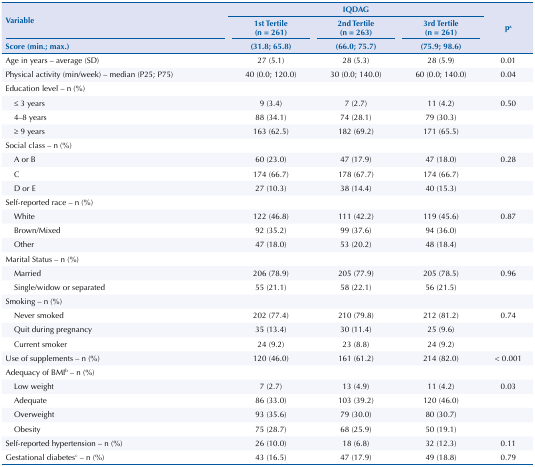
<table><thead><tr><td rowspan="2" colspan="2"><b>Variable</b></td><td colspan="3"><b>IQDAG</b></td><td rowspan="3"><b>pa</b></td></tr><tr><td><b>1st Tertile (n = 261)</b></td><td><b>2nd Tertile (n = 263)</b></td><td><b>3rd Tertile (n = 261)</b></td></tr><tr><td colspan="2"><b>Score (min.; max.)</b></td><td><b>(31.8; 65.8)</b></td><td><b>(66.0; 75.7)</b></td><td><b>(75.9; 98.6)</b></td></tr></thead><tbody><tr><td colspan="2">Age in years - average (SD)</td><td>27 (5.1)</td><td>28 (5.3)</td><td>28 (5.9)</td><td>0.01</td></tr><tr><td colspan="2">Physical activity (min/week) - median (P25; P75)</td><td>40 (0.0; 120.0)</td><td>30 (0.0; 140.0)</td><td>60 (0.0; 140.0)</td><td>0.04</td></tr><tr><td colspan="2">Education level - n (%)</td><td></td><td></td><td></td><td></td></tr><tr><td></td><td>≤ 3 years</td><td>9 (3.4)</td><td>7 (2.7)</td><td>11 (4.2)</td><td>0.50</td></tr><tr><td></td><td>4-8 years</td><td>88 (34.1)</td><td>74 (28.1)</td><td>79 (30.3)</td><td></td></tr><tr><td></td><td>≥ 9 years</td><td>163 (62.5)</td><td>182 (69.2)</td><td>171 (65.5)</td><td></td></tr><tr><td colspan="2">Social class - n (%)</td><td></td><td></td><td></td><td></td></tr><tr><td></td><td>A or B</td><td>60 (23.0)</td><td>47 (17.9)</td><td>47 (18.0)</td><td>0.28</td></tr><tr><td></td><td>C</td><td>174 (66.7)</td><td>178 (67.7)</td><td>174 (66.7)</td><td></td></tr><tr><td></td><td>D or E</td><td>27 (10.3)</td><td>38 (14.4)</td><td>40 (15.3)</td><td></td></tr><tr><td colspan="2">Self-reported race - n (%)</td><td></td><td></td><td></td><td></td></tr><tr><td></td><td>White</td><td>122 (46.8)</td><td>111 (42.2)</td><td>119 (45.6)</td><td>0.87</td></tr><tr><td></td><td>Brown/Mixed</td><td>92 (35.2)</td><td>99 (37.6)</td><td>94 (36.0)</td><td></td></tr><tr><td></td><td>Other</td><td>47 (18.0)</td><td>53 (20.2)</td><td>48 (18.4)</td><td></td></tr><tr><td colspan="2">Marital Status - n (%)</td><td></td><td></td><td></td><td></td></tr><tr><td></td><td>Married</td><td>206 (78.9)</td><td>205 (77.9)</td><td>205 (78.5)</td><td>0.96</td></tr><tr><td></td><td>Single/widow or separated</td><td>55 (21.1)</td><td>58 (22.1)</td><td>56 (21.5)</td><td></td></tr><tr><td colspan="2">Smoking - n (%)</td><td></td><td></td><td></td><td></td></tr><tr><td></td><td>Never smoked</td><td>202 (77.4)</td><td>210 (79.8)</td><td>212 (81.2)</td><td>0.74</td></tr><tr><td></td><td>Quit during pregnancy</td><td>35 (13.4)</td><td>30 (11.4)</td><td>25 (9.6)</td><td></td></tr><tr><td></td><td>Current smoker</td><td>24 (9.2)</td><td>23 (8.8)</td><td>24 (9.2)</td><td></td></tr><tr><td colspan="2">Use of supplements - n (%)</td><td>120 (46.0)</td><td>161 (61.2)</td><td>214 (82.0)</td><td>&lt; 0.001</td></tr><tr><td colspan="2">Adequacy of BMIb - n (%)</td><td></td><td></td><td></td><td></td></tr><tr><td></td><td>Low weight</td><td>7 (2.7)</td><td>13 (4.9)</td><td>11 (4.2)</td><td>0.03</td></tr><tr><td></td><td>Adequate</td><td>86 (33.0)</td><td>103 (39.2)</td><td>120 (46.0)</td><td></td></tr><tr><td></td><td>Overweight</td><td>93 (35.6)</td><td>79 (30.0)</td><td>80 (30.7)</td><td></td></tr><tr><td></td><td>Obesity</td><td>75 (28.7)</td><td>68 (25.9)</td><td>50 (19.1)</td><td></td></tr><tr><td colspan="2">Self-reported hypertension - n (%)</td><td>26 (10.0)</td><td>18 (6.8)</td><td>32 (12.3)</td><td>0.11</td></tr><tr><td colspan="2">Gestational diabetesc - n (%)</td><td>43 (16.5)</td><td>47 (17.9)</td><td>49 (18.8)</td><td>0.79</td></tr></tbody></table>